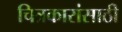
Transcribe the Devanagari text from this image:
चित्रकारांसाठी